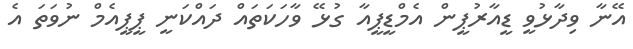
އޭނާ ވިދާޅުވީ ޑީއާރުޕީން އެމްޑީޕީއާ ގުޅޭ ވާހަކަތައް ދައްކަނީ ޕީޕީއެމް ނުވަތަ އެ